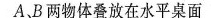
A，B两物体叠放在水平桌面